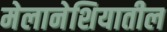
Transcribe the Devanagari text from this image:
मेलानेशियातील